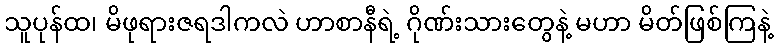
သူပုန်ထ၊ မိဖုရားဇရဒါကလဲ ဟာစာနီရဲ့ ဂိုဏ်းသားတွေနဲ့ မဟာ မိတ်ဖြစ်ကြနဲ့